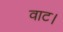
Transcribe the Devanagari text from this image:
वाट।